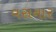
વસનાર